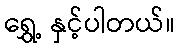
ရွှေ့ နှင့်ပါတယ်။